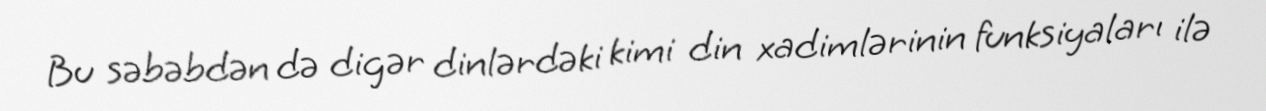
Bu səbəbdən də digər dinlərdəki kimi din xadimlərinin funksiyaları ilə